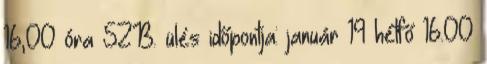
16,00 óra SZB. ülés időpontja: január 19 hétfő 16.00